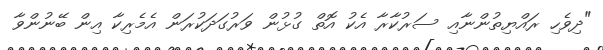
"ދިވެހި ރައްޔިތުންނާއި ސަރުކާރާ އެކު އޮތް ގުޅުން ވަރުގަދަކުރަން އެމެރިކާ އިން ބޭނުންވާ